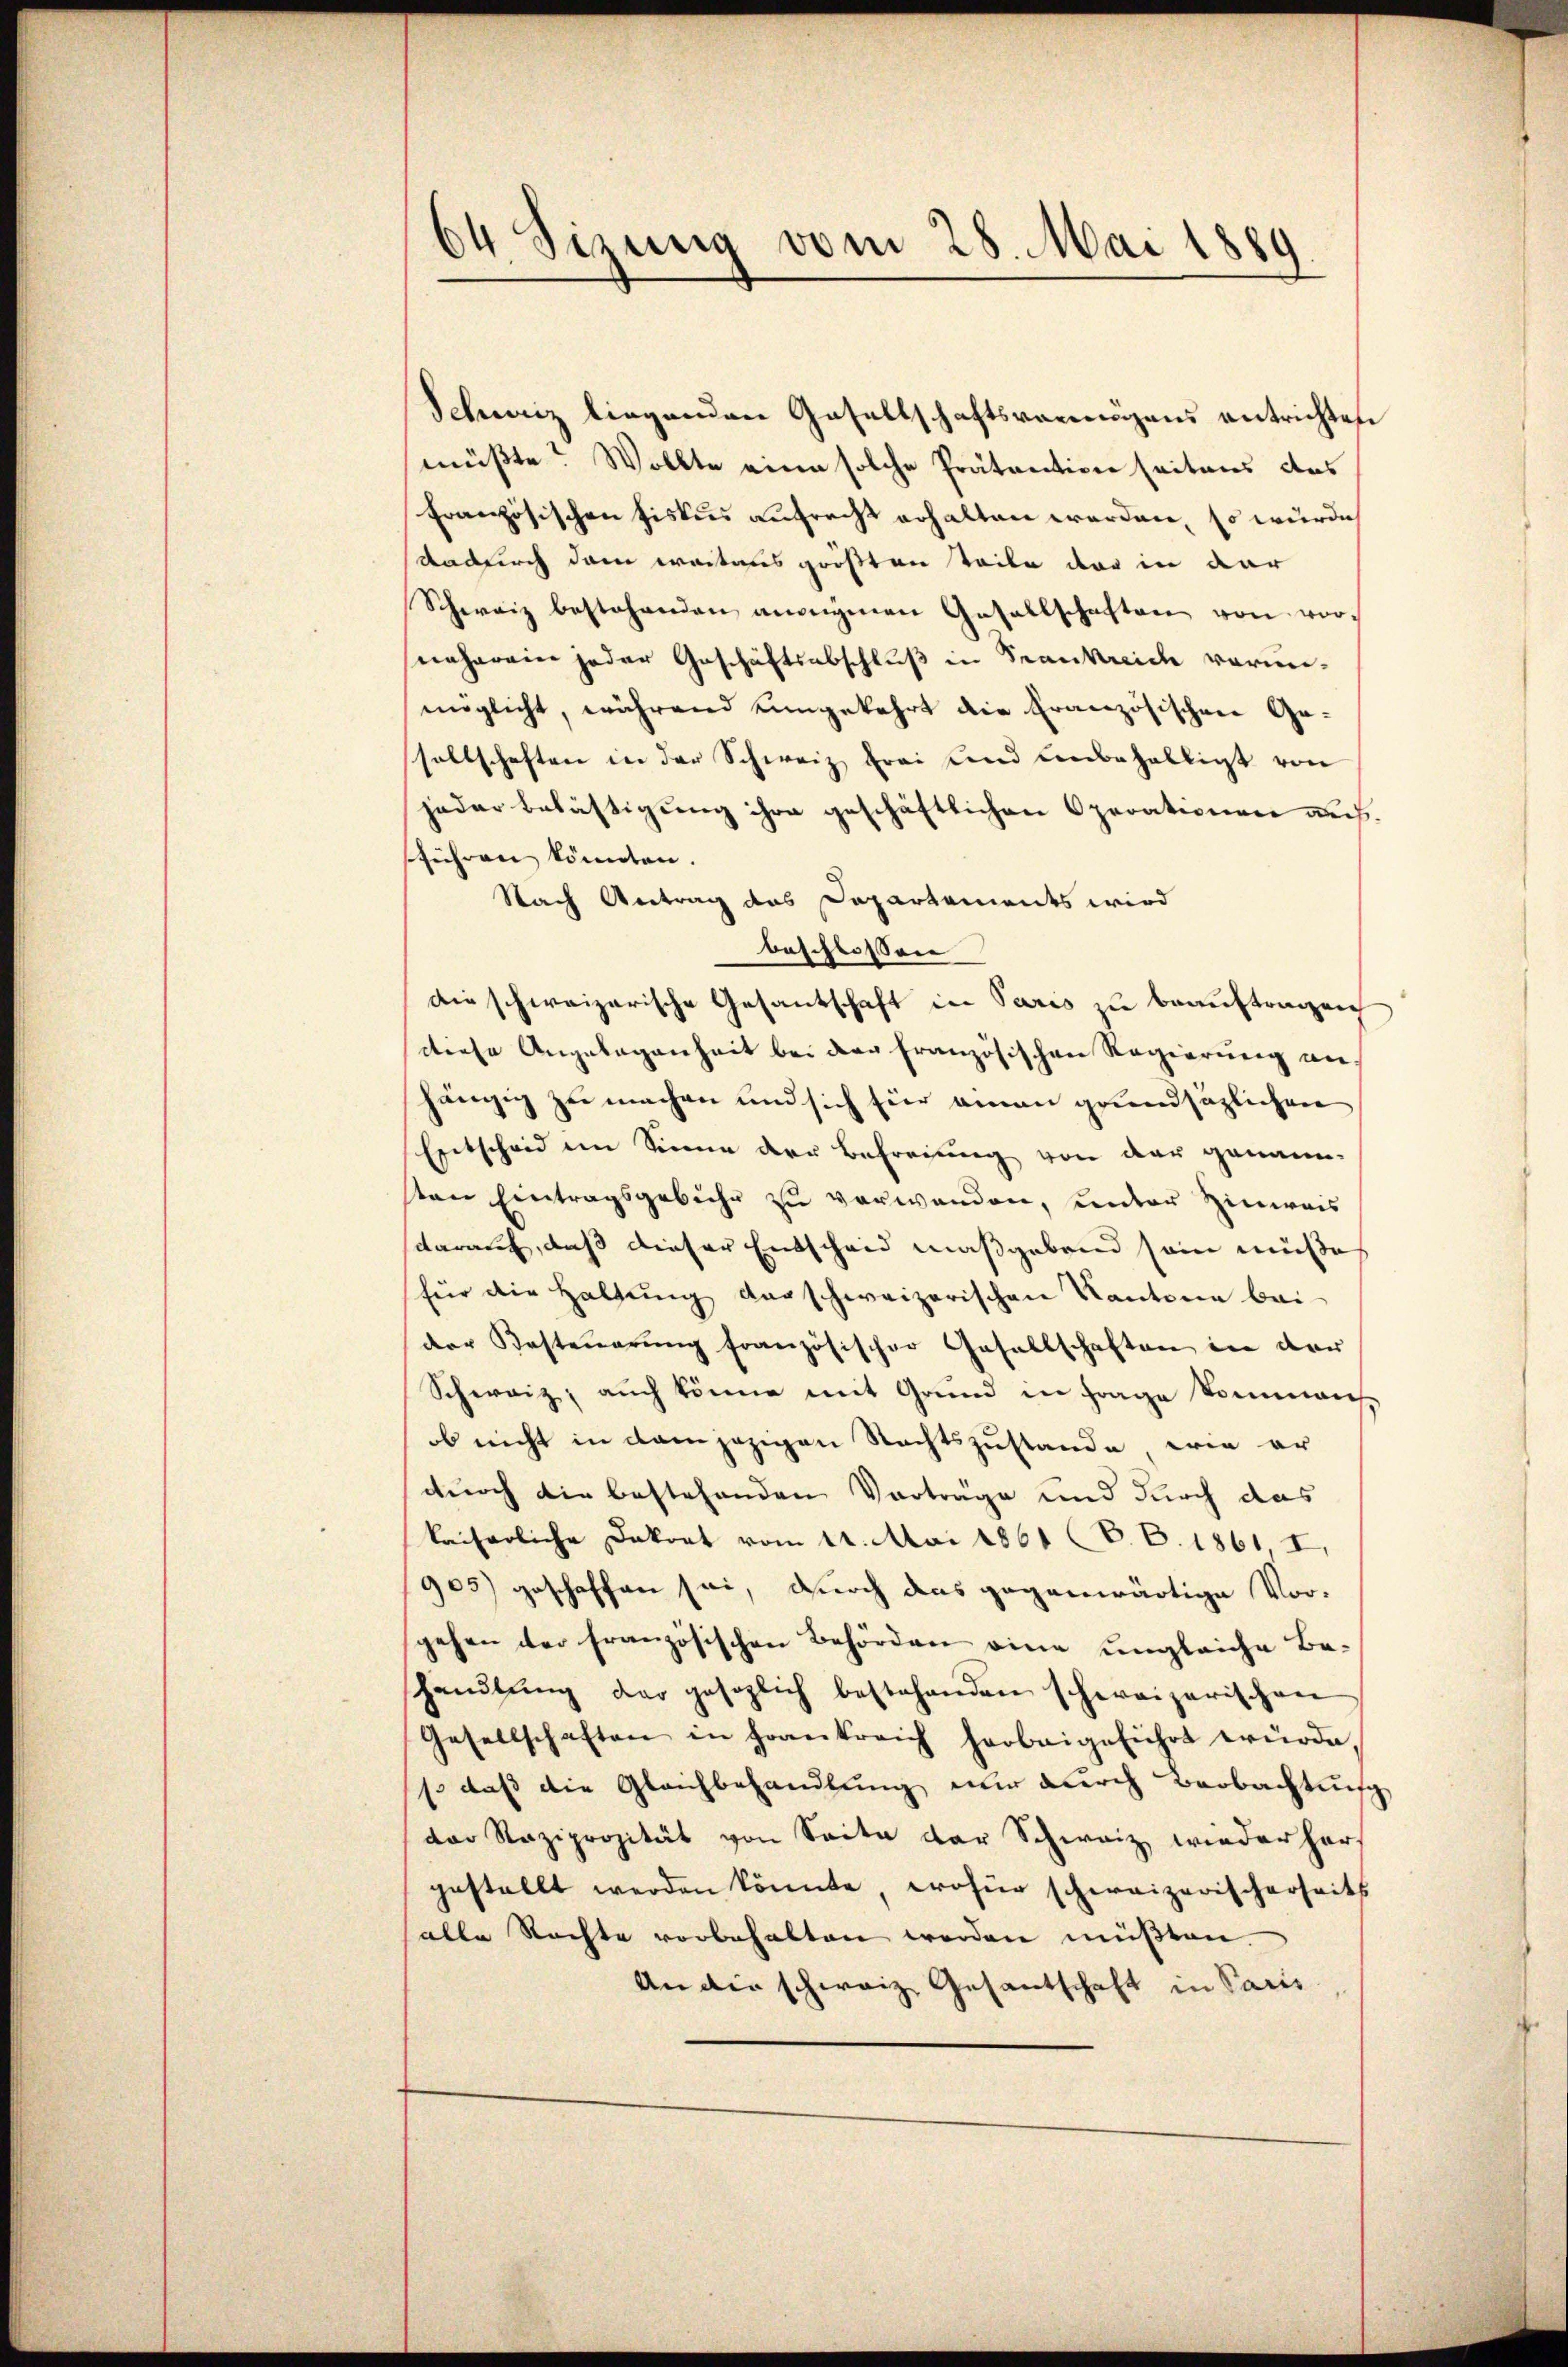
Schweiz liegenden Gesellschaftsvermögens entrichten
müßte? Wollte eine solche Prätention seitens das
Französischen Fiskus aufrecht erhalten worden, so würde
Dadurch dem weitaus größten Teile dar in dar
Schweiz bestehenden anweigenen Gesellschaften von vornäherein jeder Geschäftsabschluß in Frankreide vorunmöglicht, während eingekehrt die Französischen Gesellschaften in der Schweiz frei und Leibehalligt von
jeder Belästigung ihre geschäftlichen Operationen aus
führen könnten.
Nach Antrag des Departements wird
beschlossen
die schweizerische Gesantschaft in Paris zu beauftragen
diese Angelegenheit bei der französischen Regierung an.
hängig zu machen und sich für emann grundsätzlichen
Entscheid im Sinne der Befreiung von der genann-
sten Eintragsgebühr zu verwanden, unter Hinweis
darauf, daß dieser Entscheid maßgebend sein müße,
für die Haltŭng darschweizerischen Kantone bei
der Besteuerung französischer Gesellschaften in der
Schweiz, auch könne mit Grund in Frage kommens
ob nicht in dem jezigen Rechtszustande, wie er
durch die bestehenden Vorträge und durch das
kaiserliche Dekret vom 12. Mai 1861 V. P. 1861, I,
905) geschaffen sei, durch das gegenwärtige Vor-
gehen der französischen Behörden eine ungleiche Be-
shandlŭng der gesezlich bestehenden schweizerischen
Gesellschaften in Frankreich herbeigeführt würde,
1. daß die Gleichbehandlung nur durch Beobachtung
der Raziprozität von Seite der Schweiz wiederher
gestellt werden könnte, wofür schweizerischerseits
alle Rechte vorbehalten werden müβten.
An die schweiz Gesantschaft in Paris,

04 Sizung vom 28. Mai 1889.